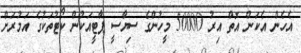
އެހެން އެކަން އޮތް އިރު 50000 މީހުންގެ ސިޔާސީ ޕާޓީއަކުން ކޯޓުތަކުގެ އަމުރަށް